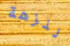
لنزهة